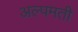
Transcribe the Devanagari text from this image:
अल्पमती